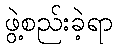
ဖွဲ့စည်းခဲ့ရာ